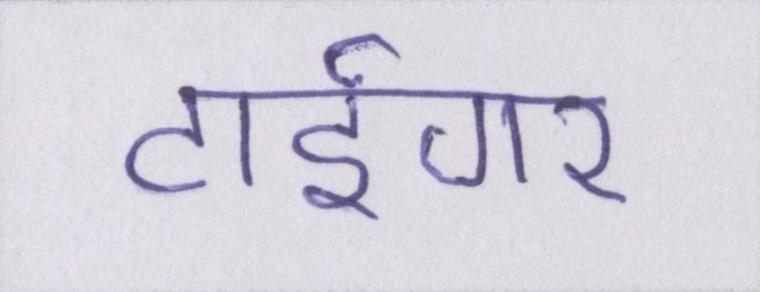
टाईगर